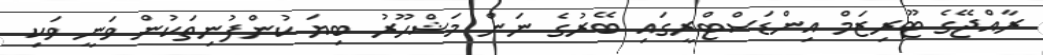
ރާއްޖޭގެ ޓޫރިޒަމް އިންޑަސްޓްރީގައި ބޭރުގެ ނަން މަޝްހޫރު ބިޔަ ކުންފުނިތަކުން ވަނީ ވަކި